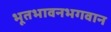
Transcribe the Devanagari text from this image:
भूतभावनभगवान